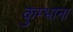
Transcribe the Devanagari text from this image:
कुम्भाना